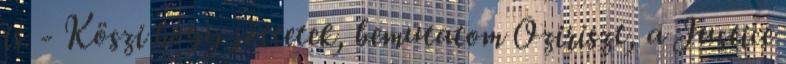
is. - Köszi hogy jöttetek, bemutatom Oziriszt, a Justice